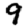
Digit: 9